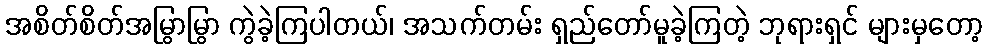
အစိတ်စိတ်အမြွာမြွာ ကွဲခဲ့ကြပါတယ်၊ အသက်တမ်း ရှည်တော်မူခဲ့ကြတဲ့ ဘုရားရှင် များမှတော့